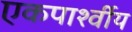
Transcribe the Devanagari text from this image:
एकपार्श्वीय